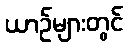
ယာဉ်များတွင်